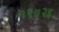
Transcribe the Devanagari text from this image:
१९७२इ